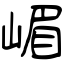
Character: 嵋